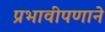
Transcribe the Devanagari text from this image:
प्रभावीपणाने